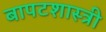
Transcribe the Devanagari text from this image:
बापटशास्त्री